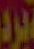
برد